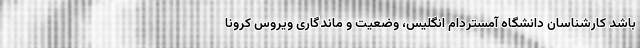
باشد کارشناسان دانشگاه آمستردام انگلیس، وضعیت و ماندگاری ویروس کرونا